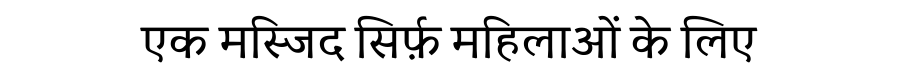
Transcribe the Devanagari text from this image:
एक मस्जिद सिर्फ़ महिलाओं के लिए